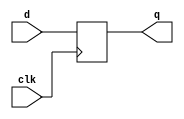
module dff(
    input d,
    input clk,
    output reg q
);
    always@(posedge clk) begin
        q <= d;
    end
endmodule